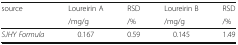
<table><thead><tr><td rowspan="2"><b>source</b></td><td><b>Loureirin A</b></td><td><b>RSD</b></td><td><b>Loureirin B</b></td><td><b>RSD</b></td></tr><tr><td><b>/mg/g</b></td><td><b>/%</b></td><td><b>/mg/g</b></td><td><b>/%</b></td></tr></thead><tbody><tr><td><i>SJHY Formula</i></td><td>0.167</td><td>0.59</td><td>0.145</td><td>1.49</td></tr></tbody></table>